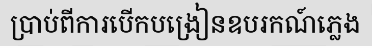
ប្រាប់ពីការបើកបង្រៀនឧបរកណ៍ភ្លេង